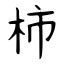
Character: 柿